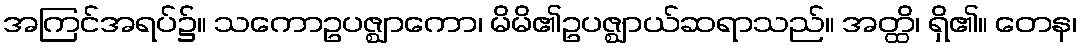
အကြင်အရပ်၌။ သကောဥပဇ္ဈာကော၊ မိမိ၏ဥပဇ္ဈာယ်ဆရာသည်။ အတ္ထိ၊ ရှိ၏။ တေန၊